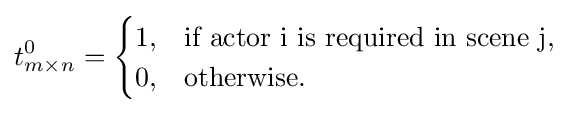
t_{m\times n}^{0}={\begin{cases}1,&{\mbox{if actor i is required in scene j,}}\\0,&{\mbox{otherwise.}}\end{cases}}